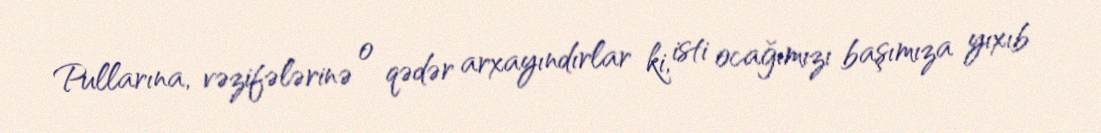
Pullarına, vəzifələrinə o qədər arxayındırlar ki, isti ocağımızı başımıza yıxıb